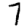
Digit: 7